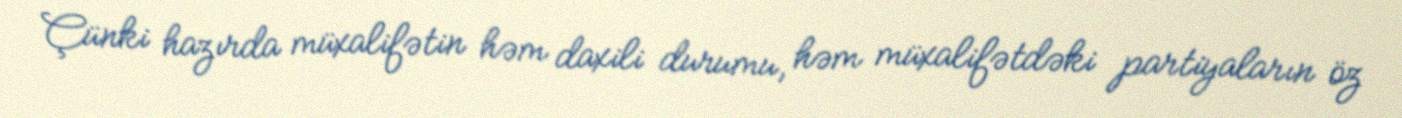
Çünki hazırda müxalifətin həm daxili durumu, həm müxalifətdəki partiyaların öz